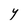
Character: Y